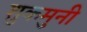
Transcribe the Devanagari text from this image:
शुकमुनी